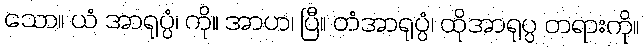
သော။ ယံ အာရုပ္ပံ၊ ကို။ အာဟ၊ ပြီ။ တံအာရုပ္ပံ၊ ထိုအာရုပ္ပ တရားကို။